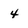
Character: 4